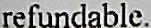
REFUNDABLE.